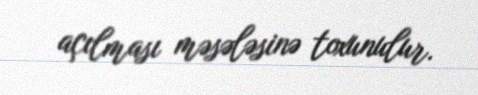
açılması məsələsinə toxunulur.